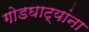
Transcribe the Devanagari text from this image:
गोडघाट्यांना